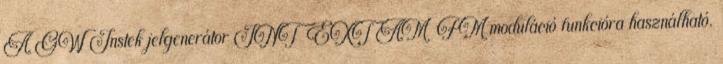
A GW Instek jelgenerátor INT EXT AM FM moduláció funkcióra használható.